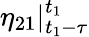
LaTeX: \eta_{21}|_{t_{1}-\tau}^{t_{1}}